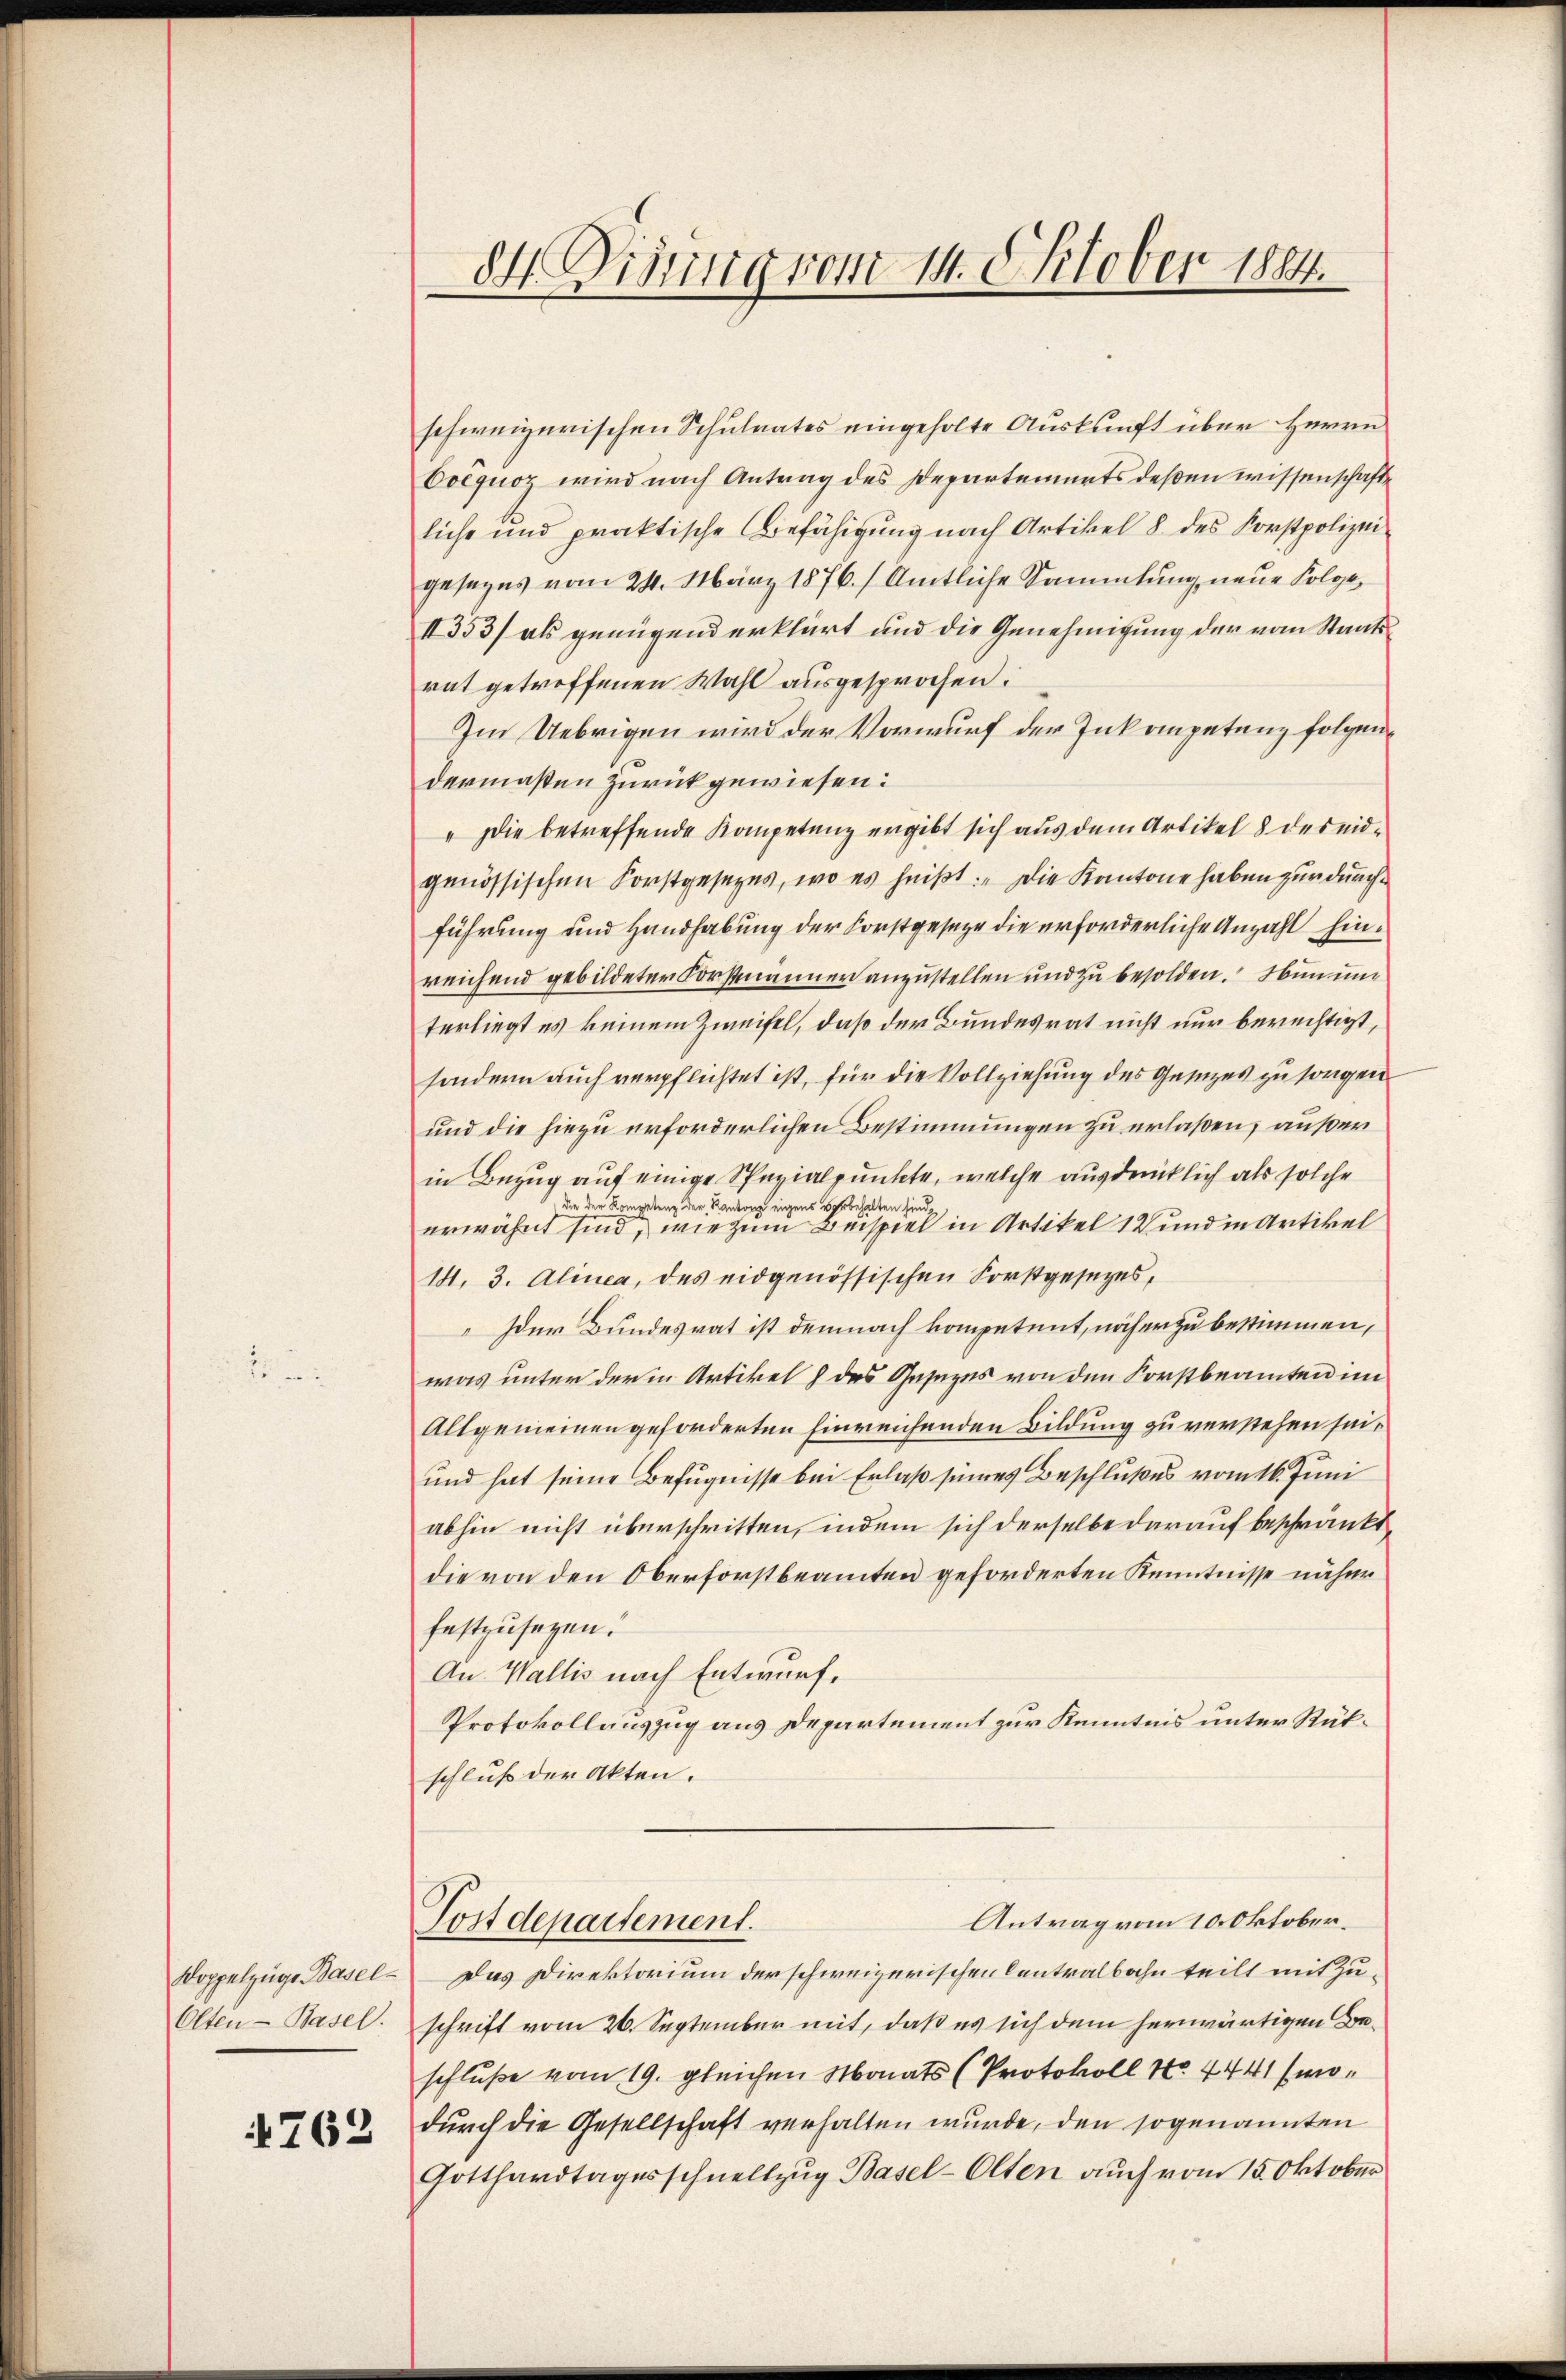
Koppelzüge Basel¬
Olten-Basel.
4762

84 Visung vom 14. Oktober 1884.

schweizerischen Schulrates eingeholte Auskunft über Herrn
Coéquoz wird nach Antrag des Departements deßen wissenschafte
liche und praktische Befähigung nach Artikel 8 des Forstpolizei
gesezes vom 24. März 1876. / Amtliche Sammlung neue Folge¬
II353/ als genügend erklärt und die Genehmigung der vom Staatsrat getroffenen Wahl ausgesprochen.
Im Uebrigen wird der Vorwurf der Inkompetenz folgendermaßen zurückgewiesen:
" Die betreffende Kompetenz ergibt sich aus dem Artikel 8 des eidgenössischen Forstgesetzes, wo es heißt: „Die Kantone haben zur durch
führung und Handhabung der Forstgeseze die erforderliche Anzahl hinreichend gebildeter Forstmanner anzustellen und zu besolden. Hin und
terliegt es keinem Zweifel, daß der Bundesrat nicht nur berechtigt,
sondern auch verpflichtet ist, für die Vollziehung des Ganzes zu sorgen.
und die hiezu erforderlichen Bestimmungen zu erlaßen, außer
in Bezug auf einige Spezialpunkte, welche ausdrücklich als solche
die der Kompetenz der Kantons eigens vorbehalten sind,
erwähnt sind, wie zum Beispiel in Artikel 12 und in Artikel
14. 3. Alinea, des eidgenössischen Forstgesezes,
Der Bundesrat ist demnach kompetent, näher zu bestimmen,
was unter der in Artikel des Gesezes von den Forstbeamten im
Allgemeinen geforderten hinreichenden Bildung zu verstehen sei¬
und hat seine Befugnisse bei Erlaß seines Beschlußes vom 16. Juni
abhin nicht überschritten, indem sich derselbe darauf beschränkt,
die von den Oberforstbeamten geforderten Kenntnisse näher
festzusetzen.
An Wallis nach Entwurf,
Protokollauszug aus Departement zur Kenntnis unter Rükschluß der Akten.
Antrag vom 10. Oktober.
Tostdepartement.
Das Direktorium der schweizerischen Centralbahn teilt mit Zuschrift vom 26. September mit, daß es sich dem herwärtigen Beschluße vom 19. gleichen Monats (Protokoll No 4441 (modurch die Gesellschaft verhalten wurde, den sogenannten
Gotthardtagesschnellzug Basel-Olten auch vom 15. Oktober